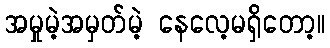
အမှုမဲ့အမှတ်မဲ့ နေလေ့မရှိတော့။